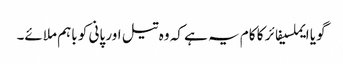
گویا ایملسیفائر کا کام یہ ہے کہ وہ تیل اور پانی کو باہم ملائے۔